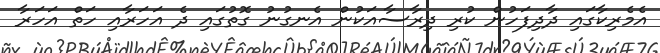
އެމެރިކާގައި ދާދިފަހުން ކުރި ދިރާސާއަކުން އެނގުނު ގޮތުގައި ދެ އަހަރާއި ހަތް އަހަރާ